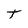
Character: T